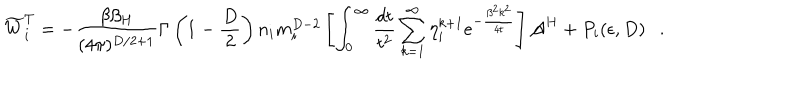
\widetilde { W } _ { i } ^ { T } = - { \frac { \beta \beta _ { H } } { ( 4 \pi ) ^ { D / 2 + 1 } } } \Gamma \left( 1 - \frac D 2 \right) n _ { i } m _ { i } ^ { D - 2 } \left[ \int _ { 0 } ^ { \infty } { \frac { d t } { t ^ { 2 } } } \sum _ { k = 1 } ^ { \infty } \eta _ { i } ^ { k + 1 } e ^ { - { \frac { \beta ^ { 2 } k ^ { 2 } } { 4 t } } } \right] { \cal A } ^ { H } + P _ { i } ( \epsilon , D ) .